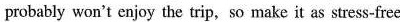
probably won't enjoy the trip, so make it as stress-free